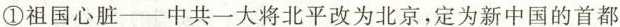
①祖国心脏——中共一大将北平改为北京，定为新中国的首都